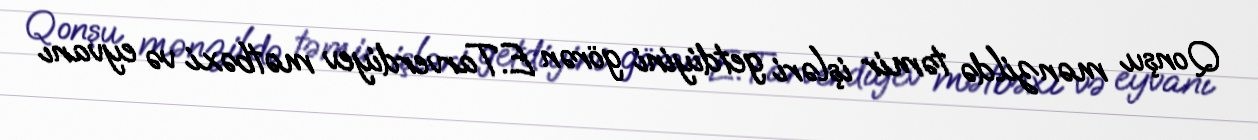
Qonşu mənzildə təmir işləri getdiyini görən E.Tarverdiyev mətbəxi və eyvanı